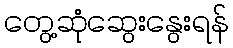
တွေ့ဆုံဆွေးနွေးရန်